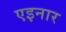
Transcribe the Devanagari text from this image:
एइनार